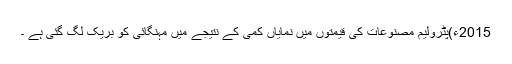
2015ء)پٹرولیم مصنوعات کی قیمتوں میں نمایاں کمی کے نتیجے میں مہنگائی کو بریک لگ گئی ہے ۔